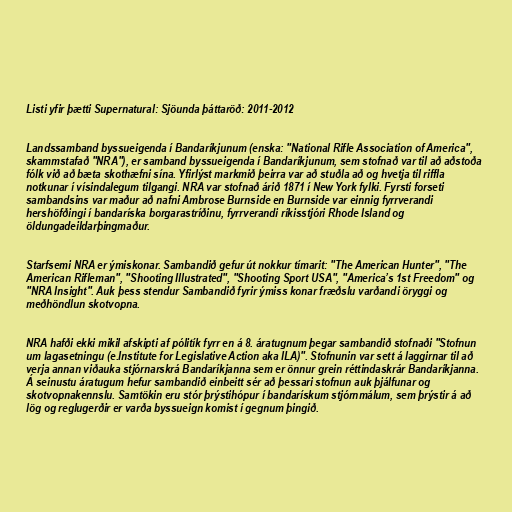
Listi yfir þætti Supernatural: Sjöunda þáttaröð: 2011-2012

Landssamband byssueigenda í Bandaríkjunum (enska: "National Rifle Association of America",
skammstafað "NRA"), er samband byssueigenda í Bandaríkjunum, sem stofnað var til að aðstoða
fólk við að bæta skothæfni sína. Yfirlýst markmið þeirra var að stuðla að og hvetja til riffla
notkunar í vísindalegum tilgangi. NRA var stofnað árið 1871 í New York fylki. Fyrsti forseti
sambandsins var maður að nafni Ambrose Burnside en Burnside var einnig fyrrverandi
hershöfðingi í bandaríska borgarastríðinu, fyrrverandi ríkisstjóri Rhode Island og
öldungadeildarþingmaður.

Starfsemi NRA er ýmiskonar. Sambandið gefur út nokkur tímarit: "The American Hunter", "The
American Rifleman", "Shooting Illustrated", "Shooting Sport USA", "America’s 1st Freedom" og
"NRA Insight". Auk þess stendur Sambandið fyrir ýmiss konar fræðslu varðandi öryggi og
meðhöndlun skotvopna.

NRA hafði ekki mikil afskipti af pólitík fyrr en á 8. áratugnum þegar sambandið stofnaði "Stofnun
um lagasetningu (e.Institute for Legislative Action aka ILA)". Stofnunin var sett á laggirnar til að
verja annan viðauka stjórnarskrá Bandaríkjanna sem er önnur grein réttindaskrár Bandaríkjanna.
Á seinustu áratugum hefur sambandið einbeitt sér að þessari stofnun auk þjálfunar og
skotvopnakennslu. Samtökin eru stór þrýstihópur í bandarískum stjórnmálum, sem þrýstir á að
lög og reglugerðir er varða byssueign komist í gegnum þingið.